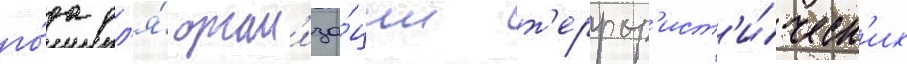
го́да дл'я́ орган'иза́ции т'еррор'ист'и́ческ'их